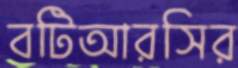
বটিআরসির